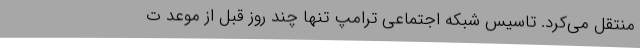
منتقل می‌کرد. تاسیس شبکه اجتماعی ترامپ تنها چند روز قبل از موعد ت